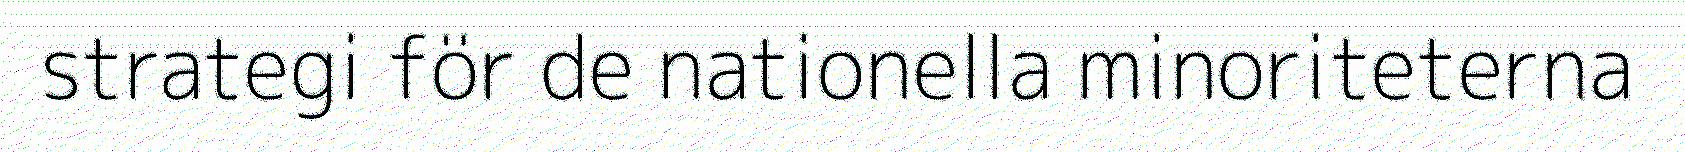
strategi för de nationella minoriteterna